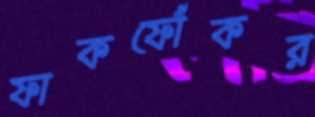
ফাকফোঁকর